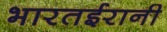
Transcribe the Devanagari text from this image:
भारतईरानी